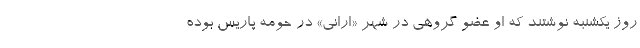
روز یکشنبه نوشتند که او عضو گروهی در شهر «اِرانی» در حومه پاریس بوده